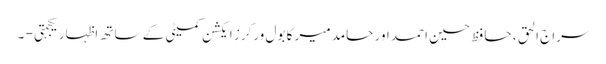
سراج الحق ، حافظ حسین احمد اور حامد میر کا بول ورکرز ایکشن کمیٹی کے ساتھ اظہار یکجہتی - ۔